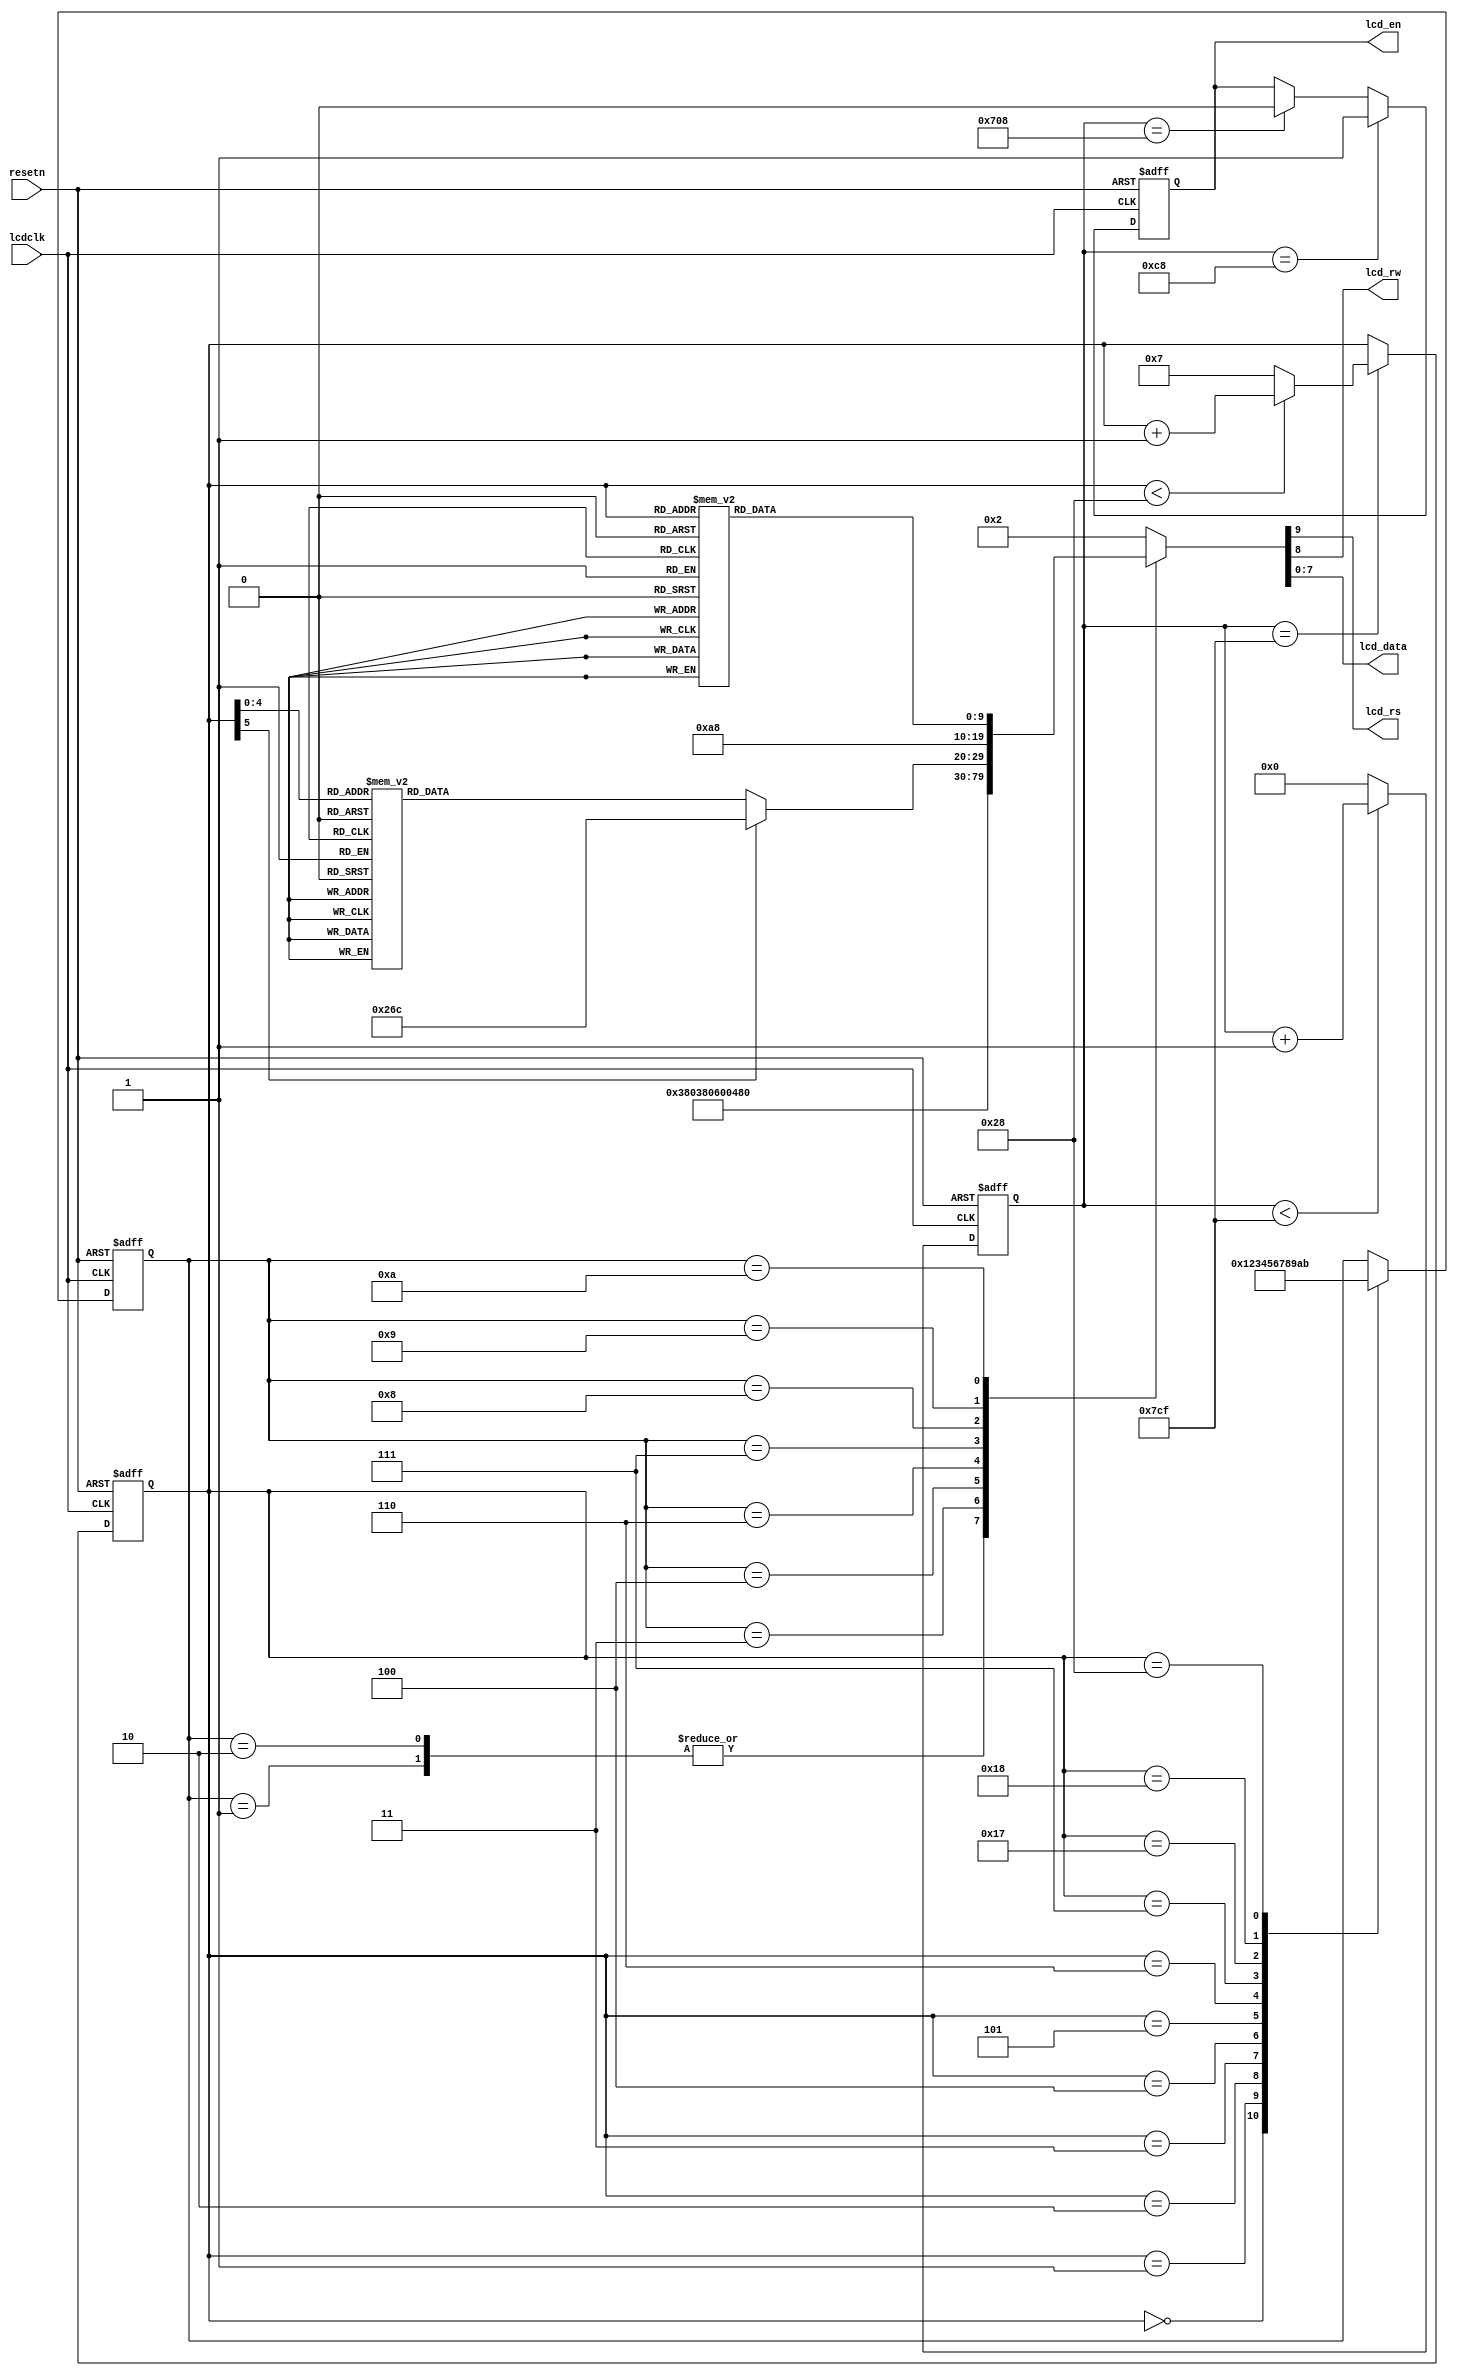
module textlcd(
input	wire			resetn,			// reset
input	wire			lcdclk,			// clock
	
output	wire			lcd_rs,			// register selection
output	wire			lcd_rw,			// read / write
output	reg				lcd_en,			// lcd enable
output	wire	[7:0]	lcd_data		// data for CG / DDRAM
);

// data line for printing on text lcd
parameter	[31:0]	reg_a		=	32'h54_65_78_74;	// Text
parameter	[31:0]	reg_b		=	32'h2d_4c_43_44;	// -LCD 
parameter	[31:0]	reg_c		=	32'h20_43_6f_6e;	// Con
parameter	[31:0]	reg_d		=	32'h74_72_6f_6c;	// trol
parameter	[31:0]	reg_e		=	32'h53_75_63_63;	// Succ 
parameter	[31:0]	reg_f		=	32'h65_73_73_20;	// ess
parameter	[31:0]	reg_g		=	32'h53_6f_43_20;	// SoC
parameter	[31:0]	reg_h		=	32'h4c_61_62_20;	// Lab

// define mode
parameter	[3:0]	mode_pwron	=	4'd1;				// power on
parameter	[3:0]	mode_fnset	=	4'd2;				// function set
parameter	[3:0]	mode_onoff	=	4'd3;				// display on / off control
parameter	[3:0]	mode_entr1	=	4'd4;				// 
parameter	[3:0]	mode_entr2	=	4'd5;				// 
parameter	[3:0]	mode_entr3	=	4'd6;				// 
parameter	[3:0]	mode_seta1	=	4'd7;				// set addr 1st line
parameter	[3:0]	mode_wr1st	=	4'd8;				// write 1st line
parameter	[3:0]	mode_seta2	=	4'd9;				// set addr 2nd line
parameter	[3:0]	mode_wr2nd	=	4'd10;				// write 2nd line
parameter	[3:0]	mode_delay	=	4'd11;				// delay

reg		[10:0]	count_lcdclk;		// clock counter
reg		[5:0]	count_mode;			// mode state counter
reg		[3:0]	lcd_mode;			// mode state
reg		[9:0]	set_data;			// set data decoder

// enable signal
always@(posedge lcdclk or negedge resetn)
begin
	if(resetn == 1'b0) begin
		lcd_en <= 1'b0;
	end
	else begin
		if(count_lcdclk == 11'd200) begin
		          lcd_en <= 1'b1;
		end
		else if(count_lcdclk == 11'd1800) begin
		          lcd_en <= 1'b0;
		end
		else begin
		          lcd_en <= lcd_en;
		end
	end
end

// clock counter 
always@(posedge lcdclk or negedge resetn)
begin	
	if(resetn == 1'b0) begin
		count_lcdclk <= 11'd0;
	end
	else begin
	       if(count_lcdclk < 11'd1999) begin
	               count_lcdclk <= count_lcdclk + 11'd1;
	       end
	       else begin
	               count_lcdclk <= 11'd0;
	       end
	end
end

// mode state counter
always@(posedge lcdclk or negedge resetn)
begin
	if(resetn == 1'b0) begin
		count_mode <= 6'd0;
	end
	else begin
		    if(count_lcdclk == 11'd1999) begin
		              if(count_mode < 6'd40) begin
		                      count_mode <= count_mode + 6'd1;
		              end
		              else begin
		                      count_mode <= 6'd7;
		              end
		    end
		    else begin
		          count_mode <= count_mode;
		    end	
	end
end

// mode state
always@(posedge lcdclk or negedge resetn)
begin
	if(resetn == 1'b0) begin
		lcd_mode <= mode_pwron;
	end
	else begin
		// mode change
		case(count_mode)
		      6'd0    :   lcd_mode    <=  mode_pwron;
		      6'd1    :   lcd_mode    <=  mode_fnset;
		      6'd2    :   lcd_mode    <=  mode_onoff;
		      6'd3    :   lcd_mode    <=  mode_entr1;
		      6'd4    :   lcd_mode    <=  mode_entr2;
		      6'd5    :   lcd_mode    <=  mode_entr3;
		      6'd6    :   lcd_mode    <=  mode_seta1;
		      6'd7    :   lcd_mode    <=  mode_wr1st;
		      6'd23   :   lcd_mode    <=  mode_seta2;
		      6'd24   :   lcd_mode    <=  mode_wr2nd;
		      6'd40   :   lcd_mode    <=  mode_delay;
		      default :   lcd_mode    <=  lcd_mode;
		 endcase
	end
end

// assign output
assign lcd_rs	=	set_data[9];
assign lcd_rw	=	set_data[8];
assign lcd_data	=	set_data[7:0];

// set data decoder 
always @(lcd_mode or count_mode or reg_a or reg_b or reg_c or reg_d or reg_e or reg_f or reg_g or reg_h)
begin 
	case(lcd_mode)
		mode_pwron	:	set_data = {2'b00, 8'h38};
		mode_fnset	:	set_data = {2'b00, 8'h38};
		mode_onoff	:	set_data = {2'b00, 8'h0e};
		mode_entr1	:	set_data = {2'b00, 8'h06};
		mode_entr2	:	set_data = {2'b00, 8'h02};
		mode_entr3	:	set_data = {2'b00, 8'h01};
		mode_seta1	:	set_data = {2'b00, 8'h80};
		mode_wr1st	:
		begin
		      case(count_mode)
		          6'd7    :   set_data = {1'b1, 1'b0, reg_a[31:24]};
		          6'd8    :   set_data = {1'b1, 1'b0, reg_a[23:16]};
		          6'd9    :   set_data = {1'b1, 1'b0, reg_a[15: 8]};
		          6'd10   :   set_data = {1'b1, 1'b0, reg_a[ 7: 0]};
                  6'd11   :   set_data = {1'b1, 1'b0, reg_b[31:24]};
                  6'd12   :   set_data = {1'b1, 1'b0, reg_b[23:16]};
                  6'd13   :   set_data = {1'b1, 1'b0, reg_b[15: 8]};		
		          6'd14   :   set_data = {1'b1, 1'b0, reg_b[ 7: 0]};
		          6'd15   :   set_data = {1'b1, 1'b0, reg_c[31:24]};
		          6'd16   :   set_data = {1'b1, 1'b0, reg_c[23:16]};
                  6'd17   :   set_data = {1'b1, 1'b0, reg_c[15: 8]};		
		          6'd18   :   set_data = {1'b1, 1'b0, reg_c[ 7: 0]};
		          6'd19   :   set_data = {1'b1, 1'b0, reg_d[31:24]};
		          6'd20   :   set_data = {1'b1, 1'b0, reg_d[23:16]};
		          6'd21   :   set_data = {1'b1, 1'b0, reg_d[15: 8]};
		          default :   set_data = {1'b1, 1'b0, reg_d[ 7: 0]};
		      endcase
		end
		mode_seta2	:	set_data = {2'b00, 8'ha8};
		mode_wr2nd	: 
		begin
		       case(count_mode)
		          6'd24   :   set_data = {1'b1, 1'b0, reg_e[31:24]};
		          6'd25   :   set_data = {1'b1, 1'b0, reg_e[23:16]};
		          6'd26   :   set_data = {1'b1, 1'b0, reg_e[15: 8]};
		          6'd27   :   set_data = {1'b1, 1'b0, reg_e[ 7: 0]};
                  6'd28   :   set_data = {1'b1, 1'b0, reg_f[31:24]};
                  6'd29   :   set_data = {1'b1, 1'b0, reg_f[23:16]};
                  6'd30   :   set_data = {1'b1, 1'b0, reg_f[15: 8]};		
		          6'd31   :   set_data = {1'b1, 1'b0, reg_f[ 7: 0]};
		          6'd32   :   set_data = {1'b1, 1'b0, reg_g[31:24]};
		          6'd33   :   set_data = {1'b1, 1'b0, reg_g[23:16]};
                  6'd34   :   set_data = {1'b1, 1'b0, reg_g[15: 8]};		
		          6'd35   :   set_data = {1'b1, 1'b0, reg_g[ 7: 0]};
		          6'd36   :   set_data = {1'b1, 1'b0, reg_h[31:24]};
		          6'd37   :   set_data = {1'b1, 1'b0, reg_h[23:16]};
		          6'd38   :   set_data = {1'b1, 1'b0, reg_h[15: 8]};
		          default :   set_data = {1'b1, 1'b0, reg_h[ 7: 0]};
		      endcase
		end
		default		:	set_data = {2'b00, 8'h02};
	endcase
end

endmodule